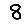
Digit: 8